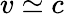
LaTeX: v\simeq c